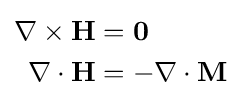
{\begin{aligned}\mathbf {\nabla \times H} &=\mathbf {0} \\\mathbf {\nabla \cdot H} &=-\nabla \cdot \mathbf {M} \end{aligned}}